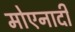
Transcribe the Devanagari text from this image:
मोएनादी